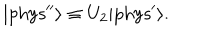
| \mathrm { { p h y s ^ { \prime \prime } } } \rangle \equiv U _ { 2 } | { \mathrm { p h y s } } ^ { \prime } \rangle .